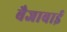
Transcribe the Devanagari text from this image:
बैजाबाई